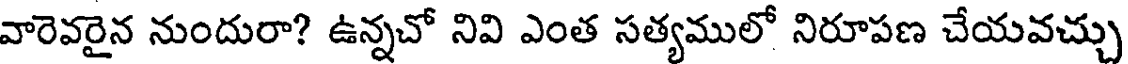
వారెవరైన నుందురా? ఉన్నచో నివి ఎంత సత్యములో నిరూపణ చేయవచ్చు